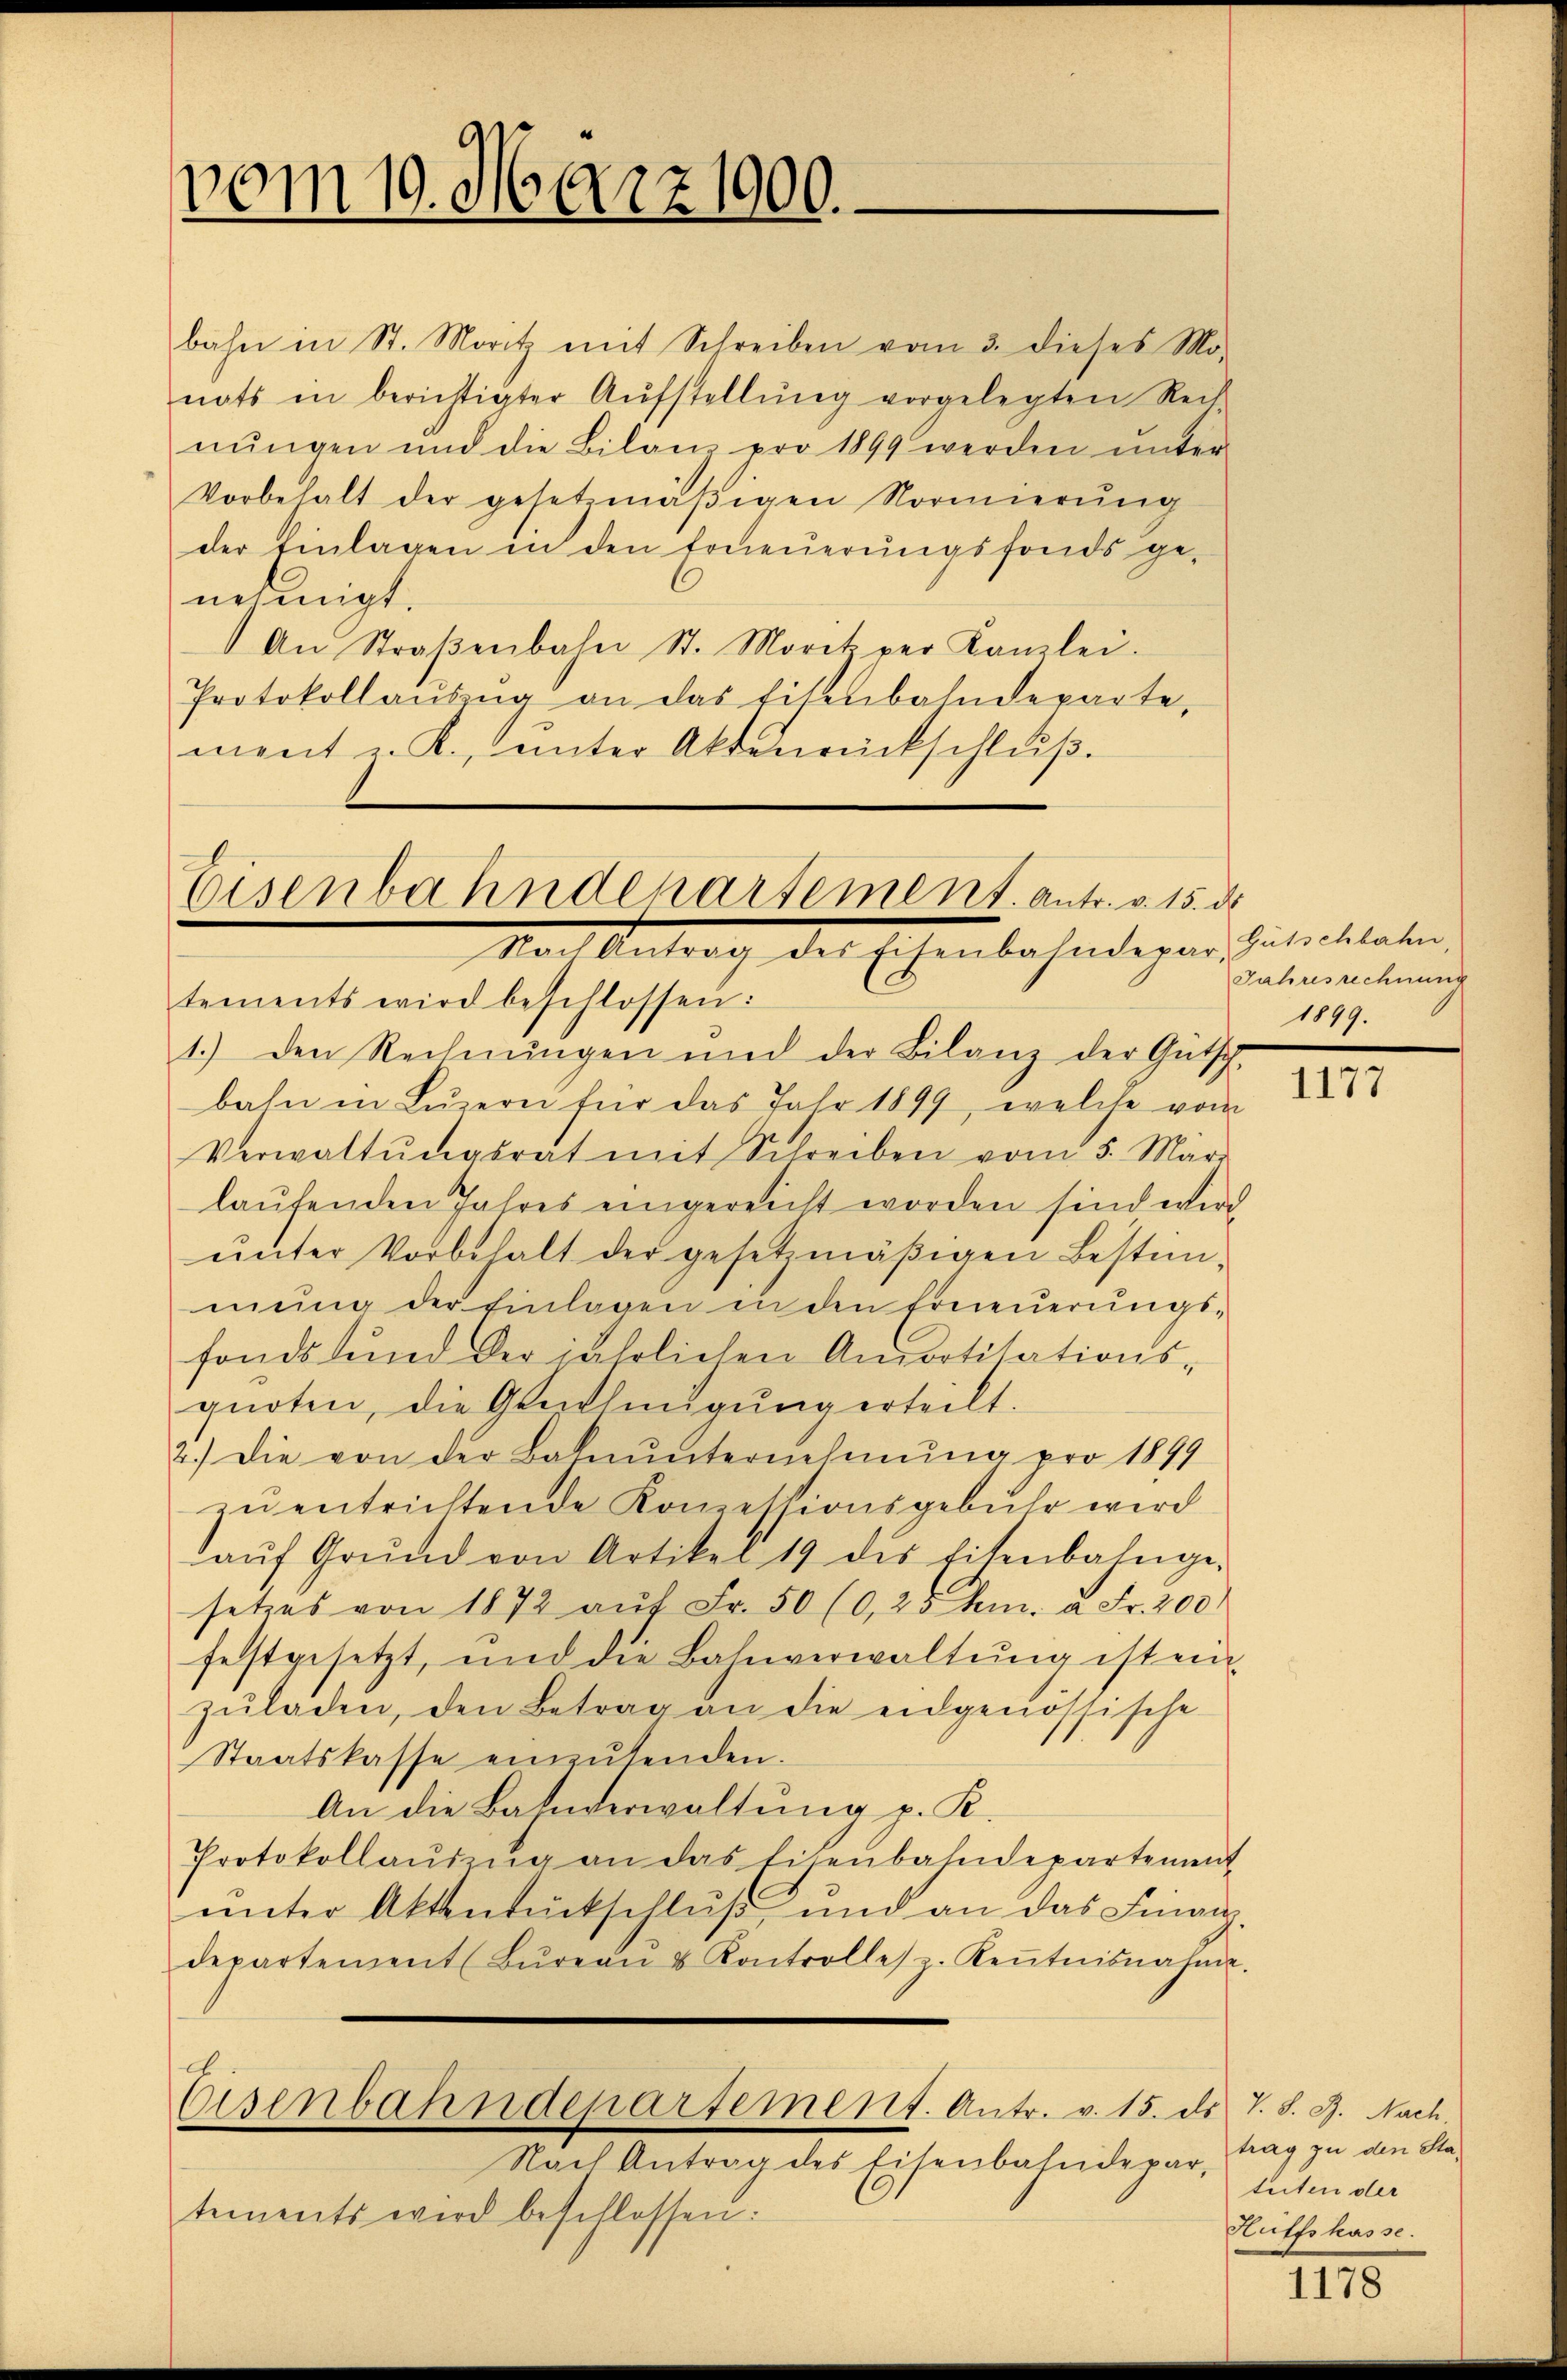
vom 19. März 1900.

bahn in St. Moritz mit Schreiben vom 3. dieses Mo-
nats in berichtigter Aŭfstellŭng vorgelegten Reih
nŭngen und die Bilan pro 1899 werden unter
Vorbehalt der gesetzmäβigen Normierŭng
der Einlagen in den Erneuerungsfonds ge-
nehmigt.
An Straβenbahn St. Morit per Kanzlei.
Protokollaŭszŭg an das Eisenbahndeparte,
ment z. K., ŭnter Aktenrückschlŭβ

Eisenbahndepartement. Antr. v. 15. d.
va. Antrag der Eichenbahndigen Putilitaten,

tements wird beschlossen:
1.) den Rechnŭngen und der Bilanz der Gütsch-
bahn in Lŭzern für das Jahr 1899, welche vom
Verwaltŭngsrat mit Schreiben vom 5. März
laŭfenden Jahres eingereicht worden sind wird
ŭnter Vorbehalt der gesetzmäßigen Bestimmŭng der Einlagen in den Erneŭerŭngs-
fonds und der jährlichen Amortitationsquoten, die Genehmigŭng erteilt.
2.) Die von der Bahnŭnternehmung pro 1849
zu entrichtende Konzessionsgebühr wird
aŭf Grŭnd von Artikel 19 des Eisenbahnge-
setzes von 1872 aŭf Fr. 50 (0,25 km. à Fr. 200
festgesetzt, und die Bahnverwaltŭng ist ein
zŭladen, den Betrag an die eidgenössische
Staatskasse einzŭsenden.
An die Bahnderwaltung p. K.
Protokollaŭszŭg an das Eisenbahndepartement
unter Aktenrückschluß, und an das Finan
departement (Bŭreaŭ u Kontrolles z. Keṅtnisnahme.
Eisenbahndepartement. Antr. v. 15. ds. T. S. J. Nach
Nach Antrag des Eisenbahndepar-
tements wird beschlossen:

Jahresrechnung
1899.

1177

trag zu den Stateiten der
Huffskasse.

1178